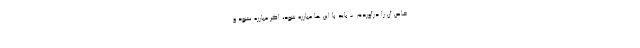
خاص آن را درآوردم. - باید با این ها مبارزه شود، اگر مبارزه نشود و